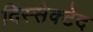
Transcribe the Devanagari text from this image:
दिस्सेक्टेद